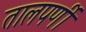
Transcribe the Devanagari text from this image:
तालपर्णी